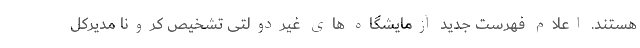
هستند. اعلام فهرست جدید آزمایشگاه های غیردولتی تشخیص کرونا مدیرکل